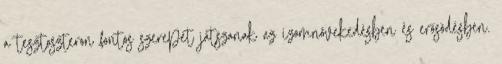
a tesztoszteron fontos szerepet játszanak az izomnövekedésben és erősödésben.